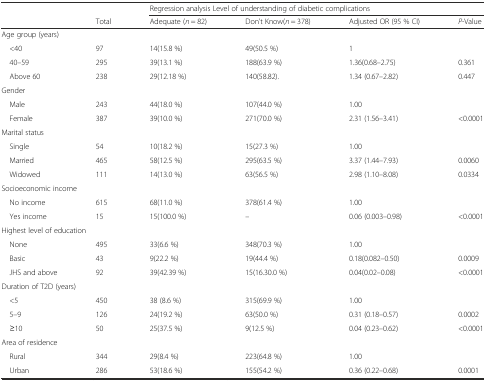
<table><thead><tr><td></td><td></td><td colspan="4"><b>Regression analysis Level of understanding of diabetic complications</b></td></tr><tr><td></td><td><b>Total</b></td><td><b>Adequate (<i>n</i> = 82)</b></td><td><b>Don’t Know(<i>n</i> = 378)</b></td><td><b>Adjusted OR (95 % CI)</b></td><td><b><i>P</i>-Value</b></td></tr></thead><tbody><tr><td colspan="6">Age group (years)</td></tr><tr><td> &lt;40</td><td>97</td><td>14(15.8 %)</td><td>49(50.5 %)</td><td>1</td><td></td></tr><tr><td> 40–59</td><td>295</td><td>39(13.1 %)</td><td>188(63.9 %)</td><td>1.36(0.68–2.75)</td><td>0.361</td></tr><tr><td> Above 60</td><td>238</td><td>29(12.18 %)</td><td>140(58.82).</td><td>1.34 (0.67–2.82)</td><td>0.447</td></tr><tr><td colspan="6">Gender</td></tr><tr><td> Male</td><td>243</td><td>44(18.0 %)</td><td>107(44.0 %)</td><td>1.00</td><td></td></tr><tr><td> Female</td><td>387</td><td>39(10.0 %)</td><td>271(70.0 %)</td><td>2.31 (1.56–3.41)</td><td>&lt;0.0001</td></tr><tr><td colspan="6">Marital status</td></tr><tr><td> Single</td><td>54</td><td>10(18.2 %)</td><td>15(27.3 %)</td><td>1.00</td><td></td></tr><tr><td> Married</td><td>465</td><td>58(12.5 %)</td><td>295(63.5 %)</td><td>3.37 (1.44–7.93)</td><td>0.0060</td></tr><tr><td> Widowed</td><td>111</td><td>14(13.0 %)</td><td>63(56.5 %)</td><td>2.98 (1.10–8.08)</td><td>0.0334</td></tr><tr><td colspan="6">Socioeconomic income</td></tr><tr><td> No income</td><td>615</td><td>68(11.0 %)</td><td>378(61.4 %)</td><td>1.00</td><td></td></tr><tr><td> Yes income</td><td>15</td><td>15(100.0 %)</td><td>–</td><td>0.06 (0.003–0.98)</td><td>&lt;0.0001</td></tr><tr><td colspan="6">Highest level of education</td></tr><tr><td> None</td><td>495</td><td>33(6.6 %)</td><td>348(70.3 %)</td><td>1.00</td><td></td></tr><tr><td> Basic</td><td>43</td><td>9(22.2 %)</td><td>19(44.4 %)</td><td>0.18(0.082–0.50)</td><td>0.0009</td></tr><tr><td> JHS and above</td><td>92</td><td>39(42.39 %)</td><td>15(16.30.0 %)</td><td>0.04(0.02–0.08)</td><td>&lt;0.0001</td></tr><tr><td colspan="6">Duration of T2D (years)</td></tr><tr><td> &lt;5</td><td>450</td><td>38 (8.6 %)</td><td>315(69.9 %)</td><td>1.00</td><td></td></tr><tr><td> 5–9</td><td>126</td><td>24(19.2 %)</td><td>63(50.0 %)</td><td>0.31 (0.18–0.57)</td><td>0.0002</td></tr><tr><td> ≥10</td><td>50</td><td>25(37.5 %)</td><td>9(12.5 %)</td><td>0.04 (0.23–0.62)</td><td>&lt;0.0001</td></tr><tr><td colspan="6">Area of residence</td></tr><tr><td> Rural</td><td>344</td><td>29(8.4 %)</td><td>223(64.8 %)</td><td>1.00</td><td></td></tr><tr><td> Urban</td><td>286</td><td>53(18.6 %)</td><td>155(54.2 %)</td><td>0.36 (0.22–0.68)</td><td>0.0001</td></tr></tbody></table>